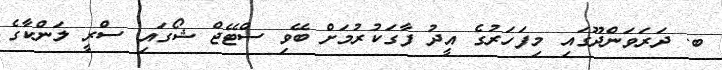
ބ. ދަރަވަންދޫގައި މިފަހަރުގެ އީދު ފާގަކުރުމަށް ބޭވި ސްޓޭޖް ޝޯގައި ސްރީ ލަންކާގެ